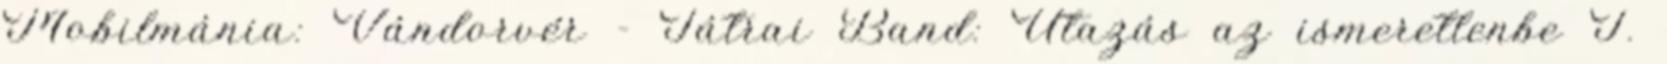
Mobilmánia: Vándorvér - Tátrai Band: Utazás az ismeretlenbe I.